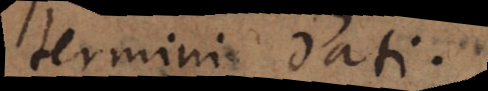
termini dati.